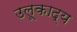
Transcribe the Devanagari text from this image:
उलूकाद्य